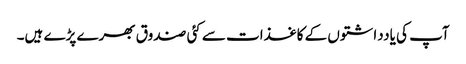
آپ کی یادداشتوں کے کاغذات سے کئی صندوق بھرے پڑے ہیں۔